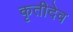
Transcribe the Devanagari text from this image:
कृतीदेव